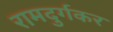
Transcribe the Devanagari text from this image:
रामदुर्गकर